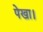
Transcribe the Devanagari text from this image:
पेखा।